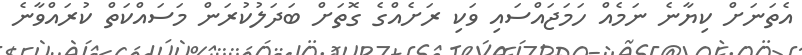
އެތަނަށް ކިޔާނެ ނަމެއް ހަމަޖައްސައި ވަކި ރަށެއްގެ ގޮތަށް ބަދަލުކުރަން މަސައްކަތް ކުރައްވާނެ